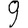
Digit: 9